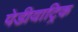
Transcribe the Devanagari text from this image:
पेडीयाट्रिक